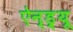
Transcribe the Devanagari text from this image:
ऐन्ड्र्यू